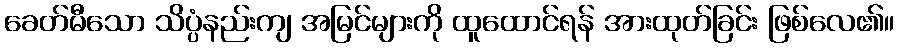
ခေတ်မီသော သိပ္ပံနည်းကျ အမြင်များကို ထူထောင်ရန် အားထုတ်ခြင်း ဖြစ်လေ၏။